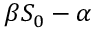
\beta S _ { 0 } - \alpha